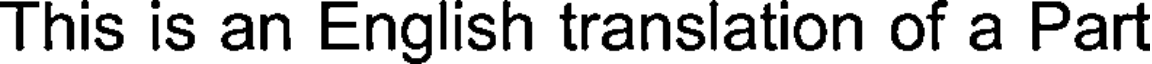
This is an English translation of a Part